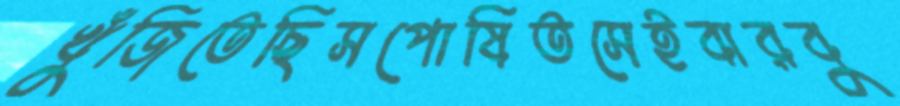
খুঁজিতেছিসপোষিতসেইবারবু